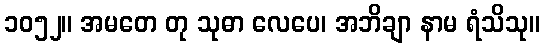
၁၀၅၂။ အမတေ တု သုဓာ လေပေ၊ အဘိချာ နာမ ရံသိသု။